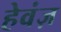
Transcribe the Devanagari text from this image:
हेवंज़